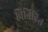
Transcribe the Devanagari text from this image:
विनिहितं